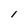
Character: l